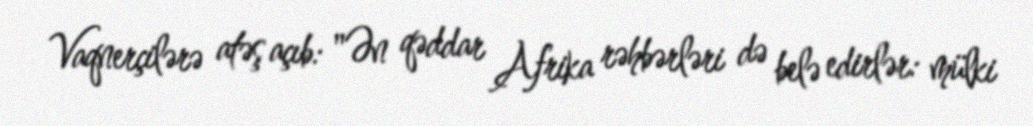
Vaqnerçilərə atəş açıb: "Ən qəddar Afrika rəhbərləri də belə edirlər: mülki